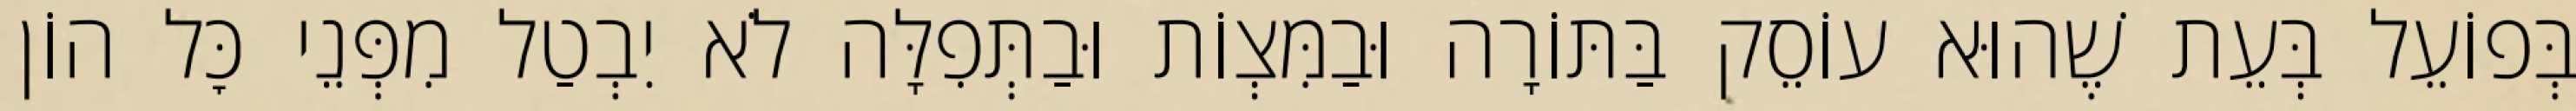
בְּפוֹעֵל בְּעֵת שֶׁהוּא עוֹסֵק בַּתּוֹרָה וּבַמִּצְוֹת וּבַתְּפִלָּה לֹא יִבְטַל מִפְּנֵי כׇּל הוֹן